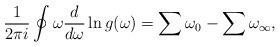
LaTeX: \begin{align*}\frac{1}{2\pi i}\oint \omega \frac{d}{d\omega}\ln g(\omega)=\sum\omega_0-\sum\omega_{\infty},\end{align*}